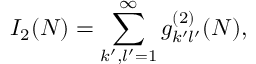
I _ { 2 } ( N ) = \sum _ { k ^ { \prime } , l ^ { \prime } = 1 } ^ { \infty } g _ { k ^ { \prime } l ^ { \prime } } ^ { ( 2 ) } ( N ) ,